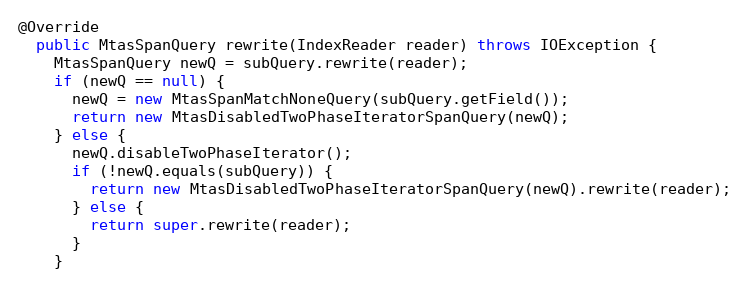
Language: Java
@Override
  public MtasSpanQuery rewrite(IndexReader reader) throws IOException {
    MtasSpanQuery newQ = subQuery.rewrite(reader);
    if (newQ == null) {
      newQ = new MtasSpanMatchNoneQuery(subQuery.getField());
      return new MtasDisabledTwoPhaseIteratorSpanQuery(newQ);
    } else {
      newQ.disableTwoPhaseIterator();
      if (!newQ.equals(subQuery)) {
        return new MtasDisabledTwoPhaseIteratorSpanQuery(newQ).rewrite(reader);
      } else {
        return super.rewrite(reader);
      }
    }